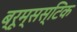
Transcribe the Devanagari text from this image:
ब्रूम्सस्टिक